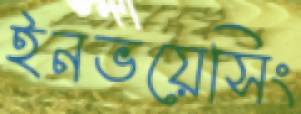
ইনভয়েসিং